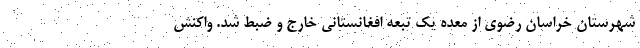
شهرستان خراسان رضوی از معده یک تبعه افغانستانی خارج و ضبط شد. واکنش